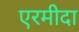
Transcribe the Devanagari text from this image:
एरमीदा